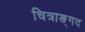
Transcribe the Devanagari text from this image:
चित्राङ्गद